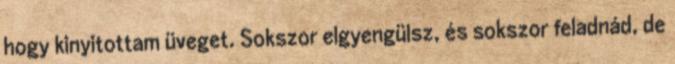
hogy kinyitottam üveget. Sokszor elgyengülsz, és sokszor feladnád, de